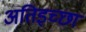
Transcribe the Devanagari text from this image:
अतिइच्छा